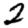
Digit: 2